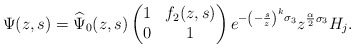
\begin{align*}\Psi(z,s)=\widehat\Psi_0(z,s)\begin{pmatrix}1&f_2(z,s)\\0&1\end{pmatrix}e^{-\left(-\frac{s}{z}\right)^k\sigma_3}z^{\frac{\alpha}{2}\sigma_3} H_j.\end{align*}